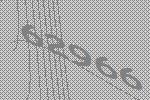
62966